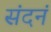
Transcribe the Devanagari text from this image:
संदनं